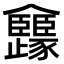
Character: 㒪